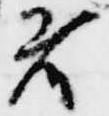
者